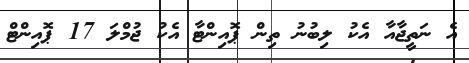
އެ ނަތީޖާއާ އެކު ލިބުނު ތިން ޕޮއިންޓާ އެކު ޖުމްލަ 17 ޕޮއިންޓް